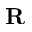
\mathbf { R }